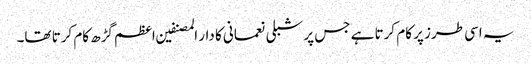
یہ اسی طرز پر کام کرتا ہے جس پر شبلی نعمانی کا دار المصنفین اعظم گڑھ کام کرتا تھا۔